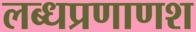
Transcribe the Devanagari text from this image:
लब्धप्रणाणश